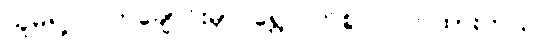
သူမရဲ့ လက်ချောင်းမှာ ရွှေလက်စွပ် ဝတ်ထားတယ်။